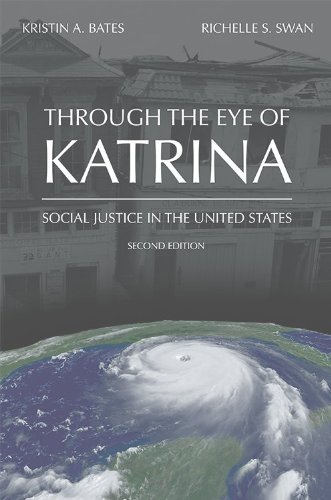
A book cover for Through the Eye of Katrina: Social Justice in the United States; Kristin A. Bates; Science & Math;